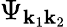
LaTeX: \Psi_{\mathbf{k}_{1}\mathbf{k}_{2}}